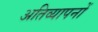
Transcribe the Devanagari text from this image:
अतिव्यापनों